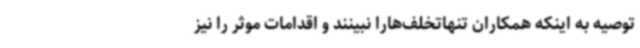
توصیه به اینکه همکاران تنهاتخلف‌هارا نبینند و اقدامات موثر را نیز